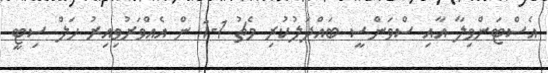
އެސްޓަންވިލާ އާއި ސްވަންސީ ބައްދަލުކުރި މެޗު 1-1 ން އެއްވަރުވިއިރު ހަލް ސިޓީ